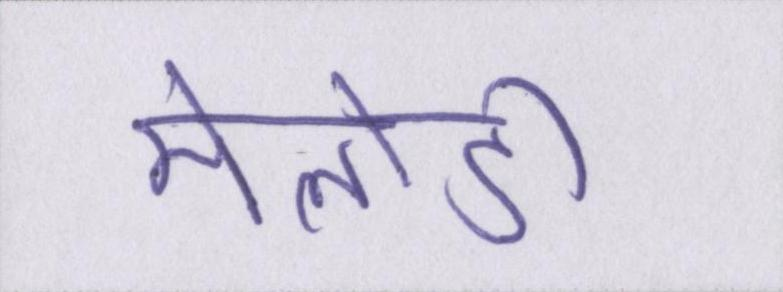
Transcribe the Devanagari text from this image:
मेलोडी